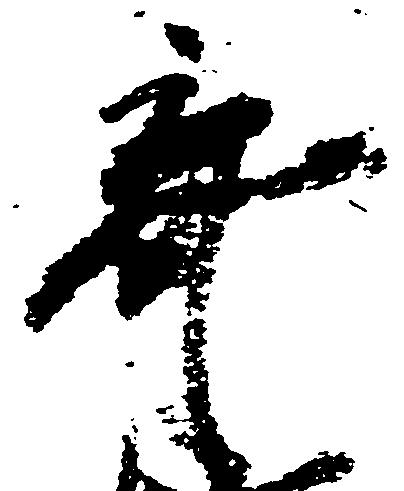
棄